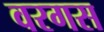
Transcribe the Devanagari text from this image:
वरगस